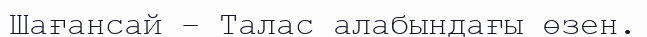
Шағансай – Талас алабындағы өзен.